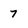
Character: 7